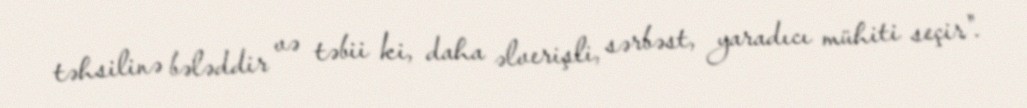
təhsilinə bələddir və təbii ki, daha əlverişli, sərbəst, yaradıcı mühiti seçir".